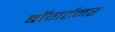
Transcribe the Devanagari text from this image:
बॉगर्टनर